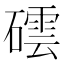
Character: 𥖅